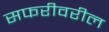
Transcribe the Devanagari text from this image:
सफरीवरील